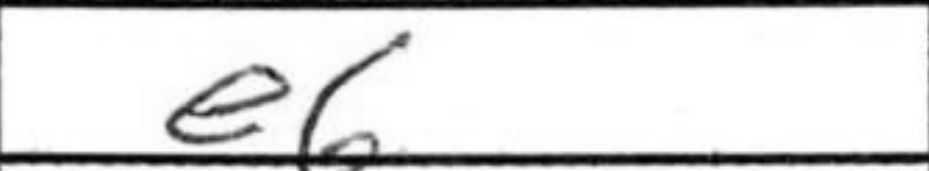
Transcription: e6